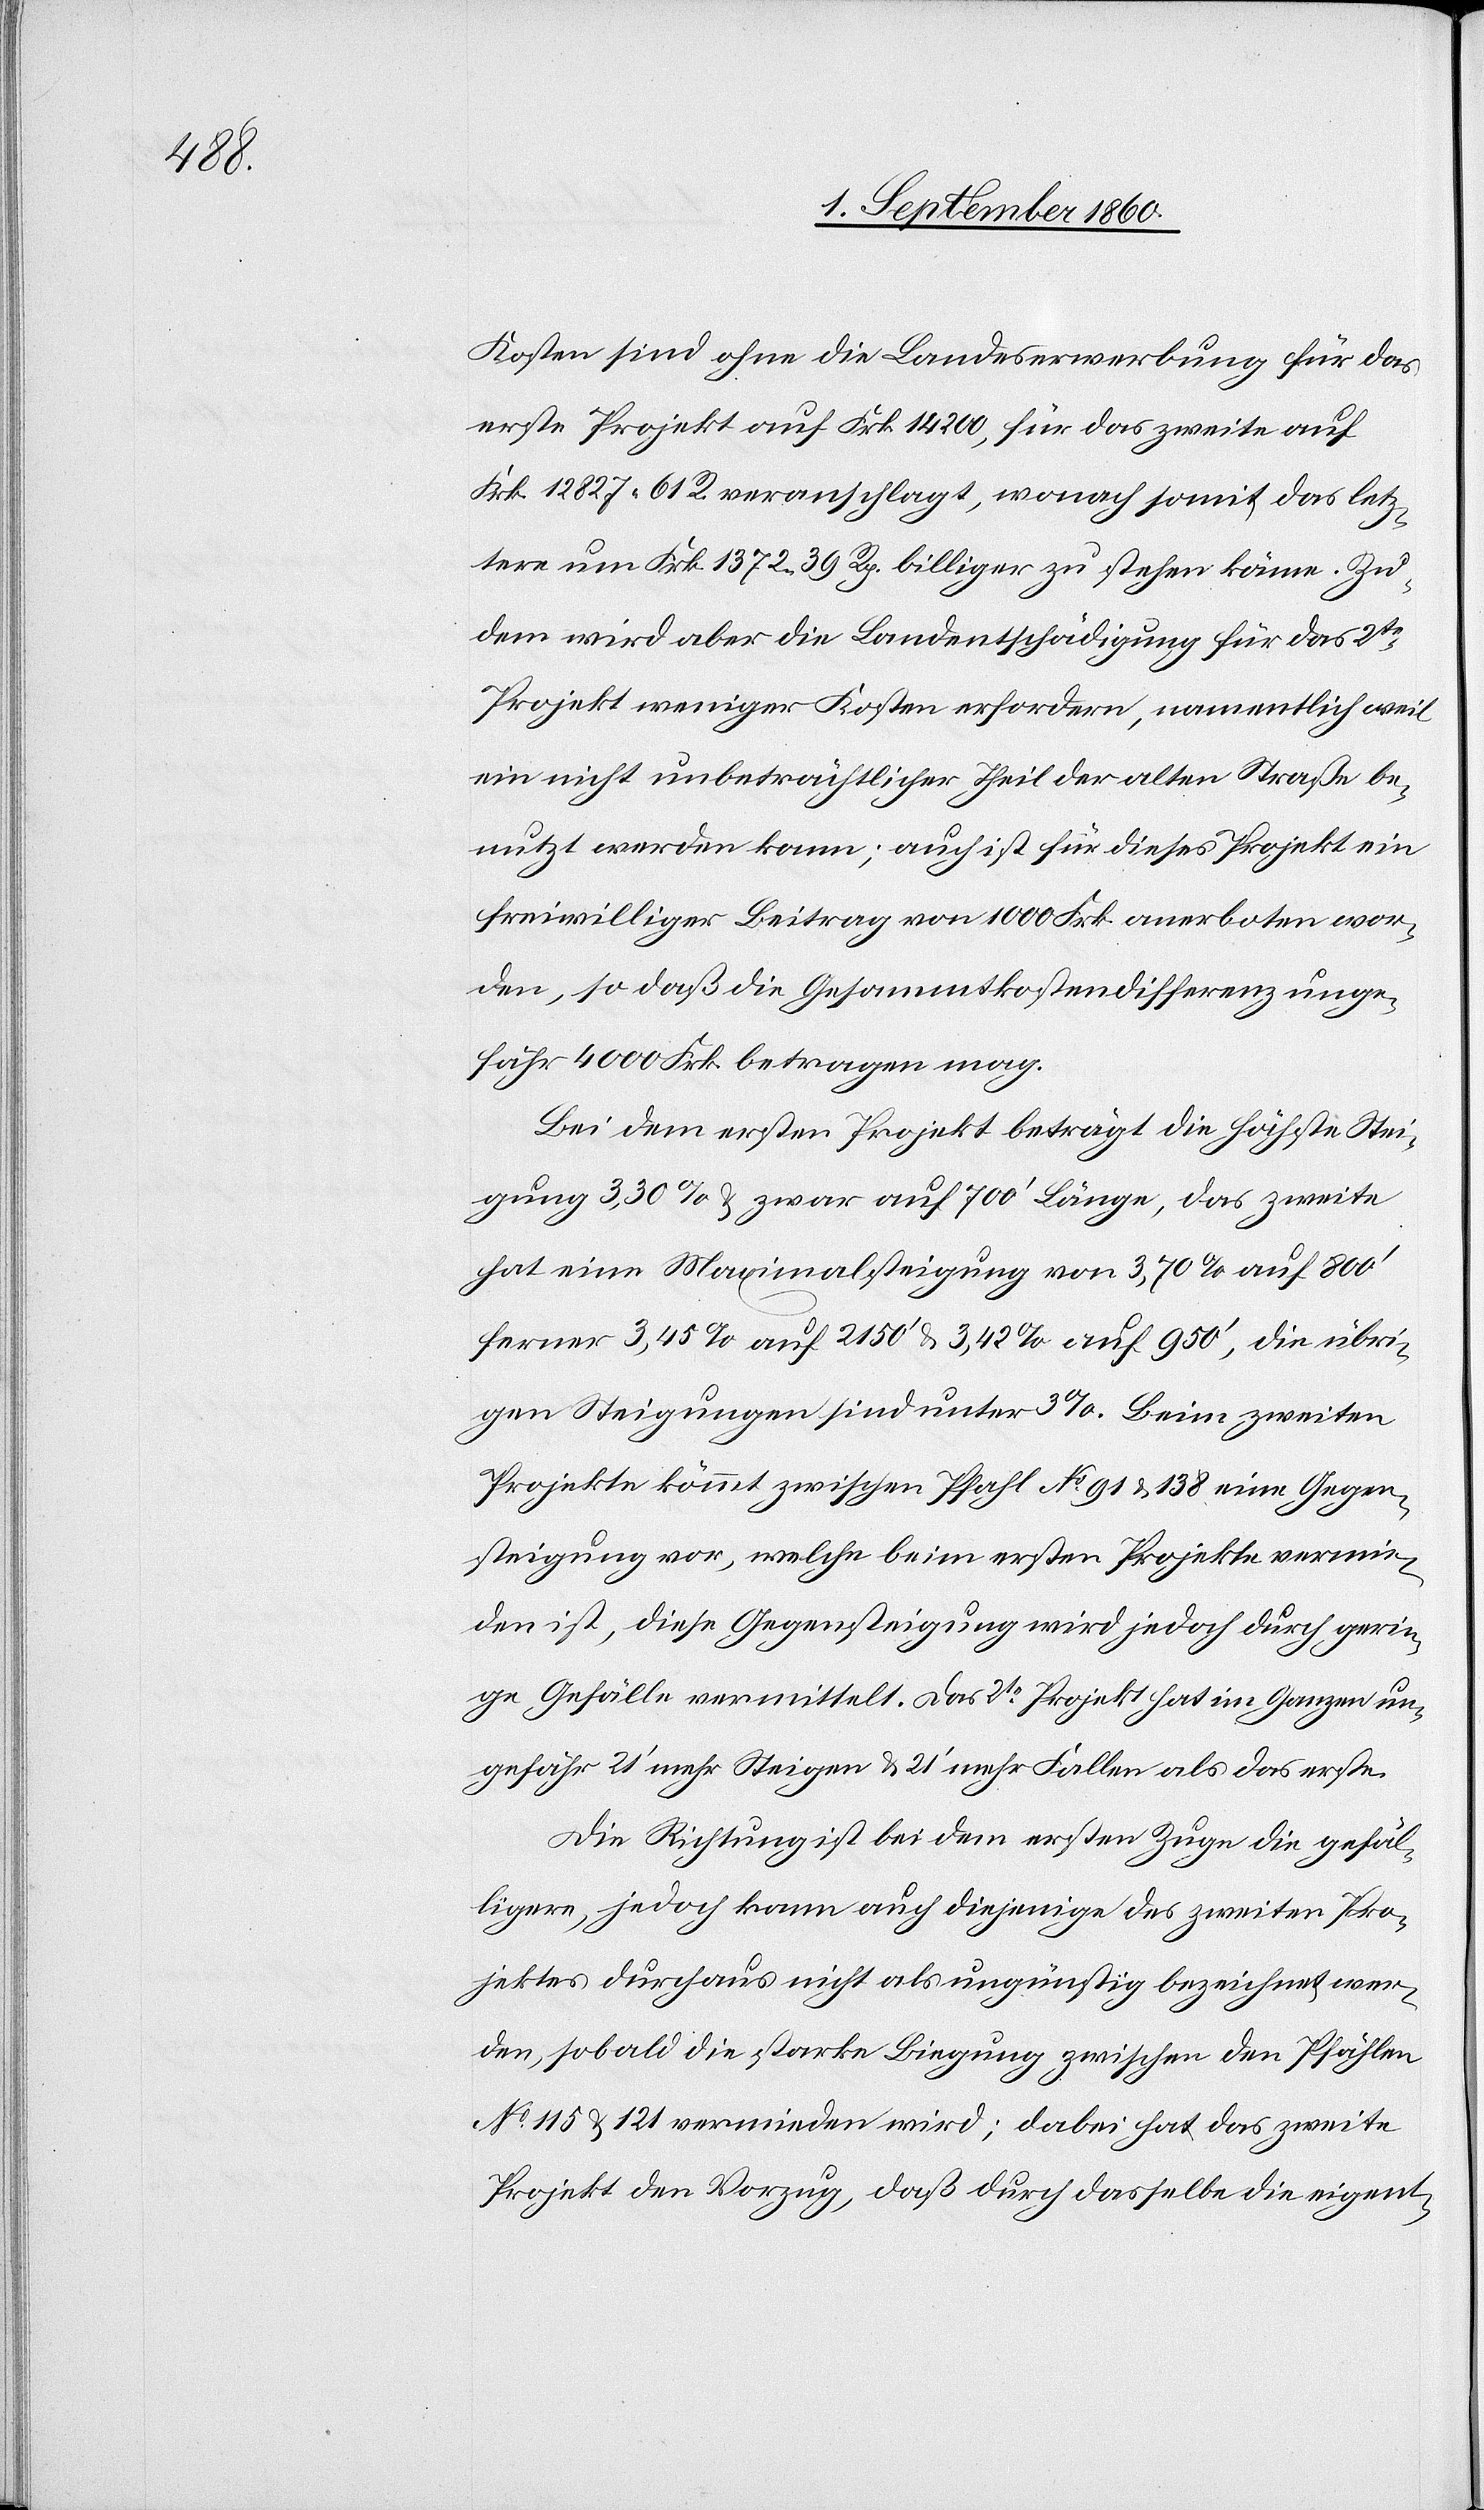
Kosten sind ohne die Landeserwerbung für das
erste Projekt auf fcs. 14 200, für das zweite auf
fcs. 12827. 61 veranschlagt, wonach somit das letz¬
tere um Frk. 1372. 39. billiger zu stehen käme. Zu¬
dem wird aber die Landentschädigung für das 2te
Projekt weniger Kosten erfordern, namentlich weil
ein nicht unbeträchtlicher Theil der alten Strasse be¬
nutzt werden kann; auch ist für dieses Projekt ein
freiwilliger Beitrag von 1000 fcs. anerboten wor¬
den, so dass die Gesammtkostendifferenz unge¬
fähr 4000 fcs. betragen mag.
Bei dem ersten Projekt beträgt die höchste Stei¬
gung 3,30% u. zwar auf 700’ Länge, das zweite
hat eine Maximalsteigung von 3,70% auf 800’
ferner 3,45% auf 2150’ u. 3,42% auf 950’, die übri¬
gen Steigungen sind unter 3%. Beim zweiten
Projekte kömmt zwischen Pfahl No 91 u. 138 eine Gegen¬
steigung vor, welche beim ersten Projekte vermie¬
den ist. Diese Gegensteigung wird jedoch durch gerin¬
ge Gefälle vermittelt. Das zweite Projekt hat im Ganzen un¬
gefähr 21’ mehr Steigen u. 21’ mehr Fallen als das erste.
Die Richtung ist bei dem ersten Zuge die gefäl¬
ligere, jedoch kann auch diejenige des zweiten Pro¬
jektes durchaus nicht als ungünstig bezeichnet wer¬
den, sobald die Starke Biegung zwischen den Pfählen
No 115 u. 121 vermieden wird, dabei hat das zweite
Projekt den Vorzug, dass durch dasselbe die eigent-